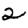
Digit: 2